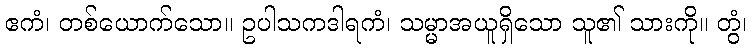
ဧကံ၊ တစ်ယောက်သော။ ဥပါသကဒါရကံ၊ သမ္မာအယူရှိသော သူ၏ သားကို။ တွံ၊